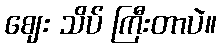
ဈေး သိပ် ကြီးတာပဲ။